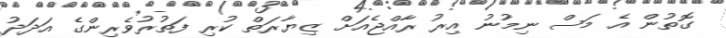
ގޮތުން އެ މަސް ނިމުނު އިރު ރާއްޖެއަށް ޒިޔާރަތް ކުރި ފަތުރުވެރިންގެ އަދަދު